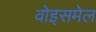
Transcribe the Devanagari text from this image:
वोइसमेल